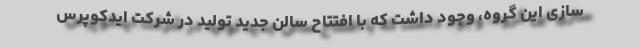
سازی این گروه، وجود داشت که با افتتاح سالن جدید توليد در شركت ایدکوپرس